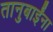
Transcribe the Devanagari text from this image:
तानुबाईंना